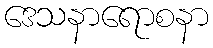
ဒေသနာရောစနာ